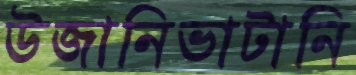
উজানিভাটানি